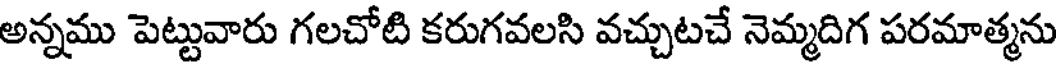
అన్నము పెట్టువారు గలచోటి కరుగవలసి వచ్చుటచే నెమ్మదిగ పరమాత్మను